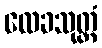
လေခသုတ္တံ